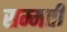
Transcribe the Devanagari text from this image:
सम्मती